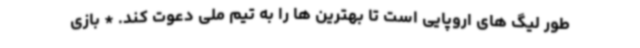
طور لیگ های اروپایی است تا بهترین ها را به تیم ملی دعوت کند. * بازی